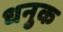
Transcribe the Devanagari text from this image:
धनुक